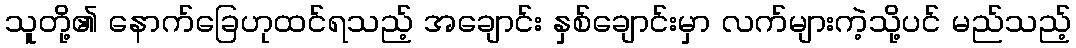
သူတို့၏ နောက်ခြေဟုထင်ရသည့် အချောင်း နှစ်ချောင်းမှာ လက်များကဲ့သို့ပင် မည်သည့်